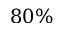
8 0 \%